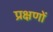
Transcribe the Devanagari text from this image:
प्रक्षणों